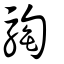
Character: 騊